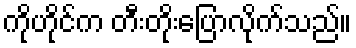
ကိုဟိုင်က တီးတိုးပြောလိုက်သည်။